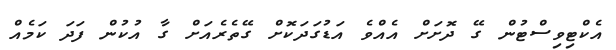
އެކްޓިވިސްޓުން ގޭ ދޮށަށް އެއްވެ އަޑުގަދަކޮށް ގޭތެރެއަށް ގާ އުކުން ފަދަ ކަމެއް